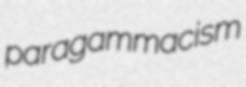
paragammacism